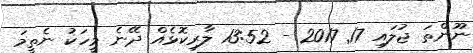
ނޫންތަ ޖުލައި 17